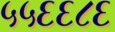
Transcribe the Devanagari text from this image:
५५६६८६